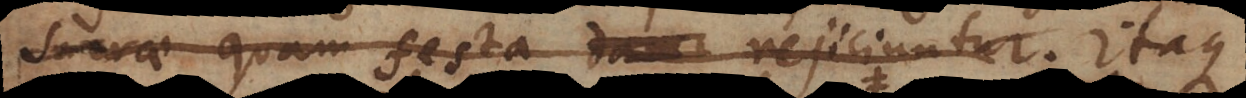
sacrae quam festa damn rejiciuntur. Itaque